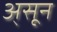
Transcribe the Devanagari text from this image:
अ्सून